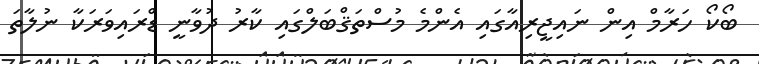
ބޯކޯ ހަރާމް އިން ނައިޖީރިއާގައި އެންމެ މުސްތަޤްބަލްގައި ކާރު ދުވާނީ ޑްރައިވަރަކާ ނުލާތަ